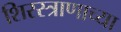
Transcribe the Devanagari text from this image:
शिरस्त्राणाच्या